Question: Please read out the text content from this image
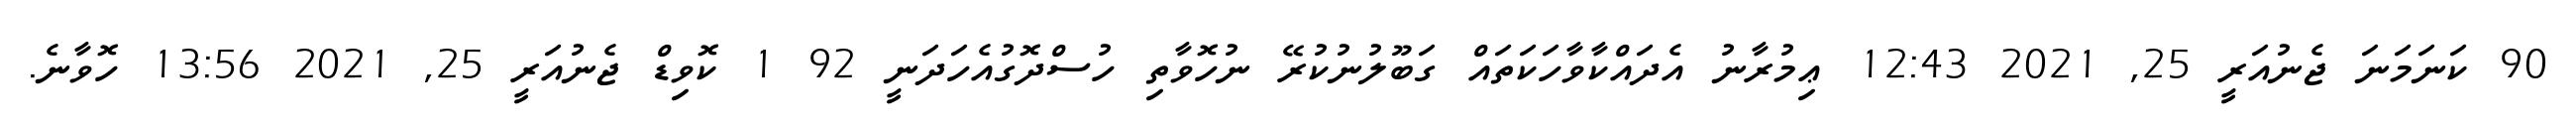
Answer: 90 ކަނަމަނަ ޖެނުއަރީ 25, 2021 12:43 ޢިމުރާނު އެދައްކާވާހަކަތައް ގަބޫލުނުކުރޭ ނުހޮވާތި ހުސްދޮގުއެހަދަނީ 92 1 ކޮވިޑް ޖެނުއަރީ 25, 2021 13:56 ހޮވާނެ.